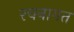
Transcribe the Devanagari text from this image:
रचनागत